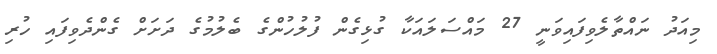
މިއަދު ނައްތާލެވިފައިވަނީ 27 މައްސަލައަކާ ގުޅިގެން ފުލުހުންގެ ބެލުމުގެ ދަށަށް ގެންދެވިފައި ހުރި